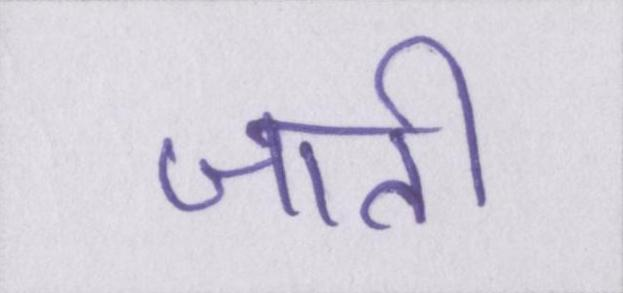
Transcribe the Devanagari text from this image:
जाती